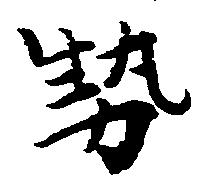
勢